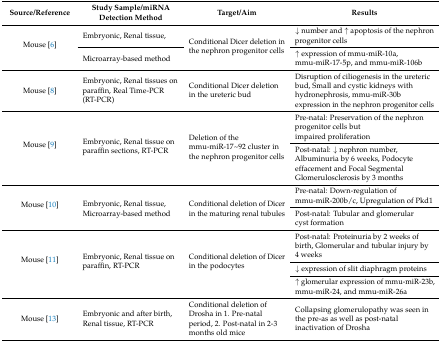
<table><thead><tr><td><b>Source/Reference</b></td><td><b>Study Sample/miRNA Detection Method</b></td><td><b>Target/Aim</b></td><td><b>Results</b></td></tr></thead><tbody><tr><td rowspan="2">Mouse [6]</td><td>Embryonic, Renal tissue,</td><td rowspan="2">Conditional Dicer deletion in the nephron progenitor cells</td><td>↓ number and ↑ apoptosis of the nephron progenitor cells</td></tr><tr><td>Microarray-based method</td><td>↑ expression of mmu-miR-10a, mmu-miR-17-5p, and mmu-miR-106b</td></tr><tr><td>Mouse [8]</td><td>Embryonic, Renal tissues on paraffin, Real Time-PCR (RT-PCR)</td><td>Conditional Dicer deletion in the ureteric bud</td><td>Disruption of ciliogenesis in the ureteric bud, Small and cystic kidneys with hydronephrosis, mmu-miR-30b expression in the nephron progenitor cells</td></tr><tr><td rowspan="2">Mouse [9]</td><td rowspan="2">Embryonic, Renal tissue on paraffin sections, RT-PCR</td><td rowspan="2">Deletion of the mmu-miR-17~92 cluster in the nephron progenitor cells</td><td>Pre-natal: Preservation of the nephron progenitor cells but impaired proliferation</td></tr><tr><td>Post-natal: ↓ nephron number, Albuminuria by 6 weeks, Podocyte effacement and Focal Segmental Glomerulosclerosis by 3 months</td></tr><tr><td rowspan="2">Mouse [10]</td><td rowspan="2">Embryonic, Renal tissue, Microarray-based method</td><td rowspan="2">Conditional deletion of Dicer in the maturing renal tubules</td><td>Pre-natal: Down-regulation of mmu-miR-200b/c, Upregulation of Pkd1</td></tr><tr><td>Post-natal: Tubular and glomerular cyst formation</td></tr><tr><td rowspan="3">Mouse [11]</td><td rowspan="3">Embryonic, Renal tissue on paraffin, RT-PCR</td><td rowspan="3">Conditional deletion of Dicer in the podocytes</td><td>Post-natal: Proteinuria by 2 weeks of birth, Glomerular and tubular injury by 4 weeks</td></tr><tr><td>↓ expression of slit diaphragm proteins</td></tr><tr><td>↑ glomerular expression of mmu-miR-23b, mmu-miR-24, and mmu-miR-26a</td></tr><tr><td>Mouse [13]</td><td>Embryonic and after birth, Renal tissue, RT-PCR</td><td>Conditional deletion of Drosha in 1. Pre-natal period, 2. Post-natal in 2-3 months old mice</td><td>Collapsing glomerulopathy was seen in the pre-as as well as post-natal inactivation of Drosha</td></tr></tbody></table>